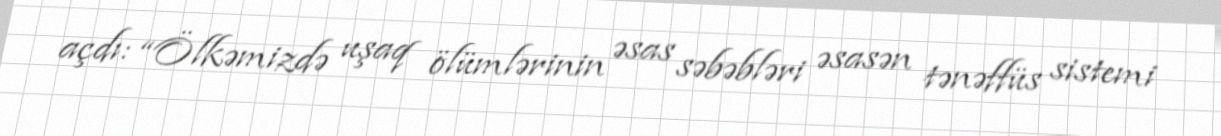
açdı: “Ölkəmizdə uşaq ölümlərinin əsas səbəbləri əsasən tənəffüs sistemi